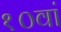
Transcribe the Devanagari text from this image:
१०वां